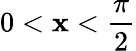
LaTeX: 0<\mathbf{x}<{\frac{{\pi}}{{2}}}